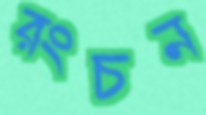
রংচন